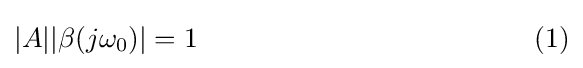
|A||\beta (j\omega _{0})|=1\,\qquad \qquad \qquad \qquad \qquad \qquad {\text{(1)}}